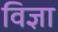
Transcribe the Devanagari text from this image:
विज्ञा